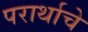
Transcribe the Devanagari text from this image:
परार्थाचे